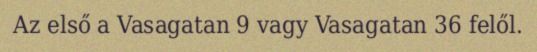
Az első a Vasagatan 9 vagy Vasagatan 36 felől.